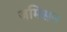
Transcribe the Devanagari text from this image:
जमिसन